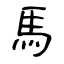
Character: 馬